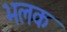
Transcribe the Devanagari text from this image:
भलक